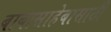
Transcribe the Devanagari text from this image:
बाबासाहेबासाठी